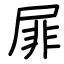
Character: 屝